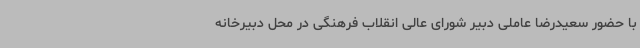
با حضور سعیدرضا عاملی دبیر شورای عالی انقلاب فرهنگی در محل دبیرخانه